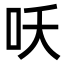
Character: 㕭